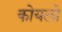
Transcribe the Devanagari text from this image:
कोयलो